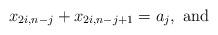
LaTeX: \begin{align*} x_{2i,n-j} + x_{2i,n-j+1}=a_j, \mbox{ and }\end{align*}